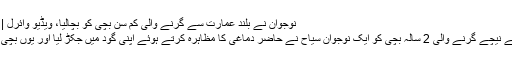
نوجوان نے بلند عمارت سے گرنے والی کم سن بچی کو بچالیا، ویڈیو وائرل | Falak News International
استنبول: بلند عمارت کی بالکونی سے نیچے گرنے والی 2 سالہ بچی کو ایک نوجوان سیاح نے حاضر دماغی کا مظاہرہ کرتے ہوئے اپنی گود میں جکڑ لیا اور یوں بچی کو ایک خوفناک حادثے سے بچالیا۔